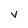
Character: V